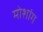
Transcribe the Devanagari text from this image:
मोशांग